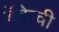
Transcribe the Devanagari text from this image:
बॅकेची